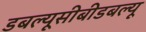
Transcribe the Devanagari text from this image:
डबल्यूसीबीडबल्यू